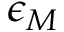
\epsilon _ { M }